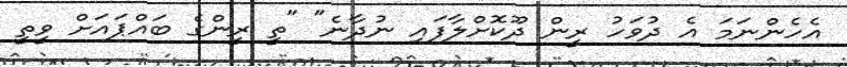
އެހެންނަމަ އެ ދުވަހު ރީން ދޫކޮށްލާފައި ނުދާނެ" "ތީ ރީންގެ ބައްޕައަށް ވީތީ